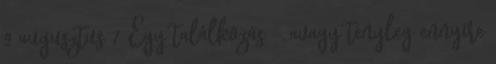
9 augusztus 7 Egy találkozás - avagy tényleg ennyire